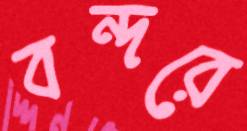
বন্দরে